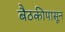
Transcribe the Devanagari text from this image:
बैठकीपासून